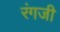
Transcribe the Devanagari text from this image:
रंगजी